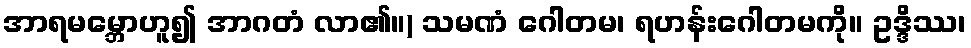
အာရမမ္ဘောဟူ၍ အာဂတံ လာ၏။) သမဏံ ဂေါတမ၊ ရဟန်းဂေါတမကို။ ဥဒ္ဒိဿ၊